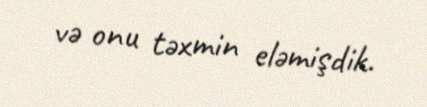
və onu təxmin eləmişdik.